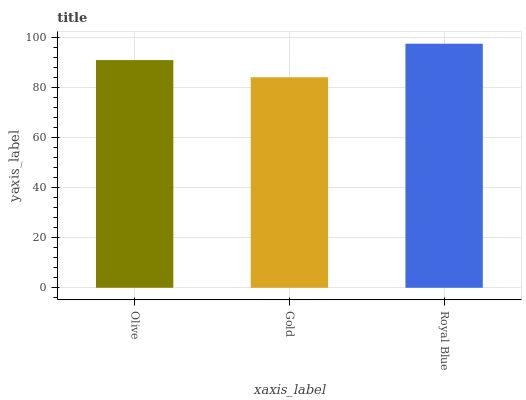
| xaxis_label | bars |
 | --- | --- |
 | Olive | 91 |
 | Gold | 84.2 |
 | Royal Blue | 97.6 |